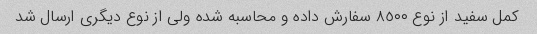
کمل سفید از نوع ٨٥٠٠ سفارش داده و محاسبه شده ولى از نوع دیگرى ارسال شد